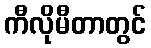
ကီလိုမီတာတွင်